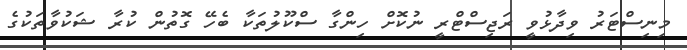
މިނިސްޓަރު ވިދާޅުވީ ރަޖިސްޓްރީ ނުކޮށް ހިންގާ ސްކޫލުތަކާ ބެހޭ ގޮތުން ކުރާ ޝަކުވާތަކުގެ